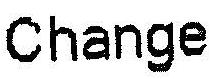
CHANGE